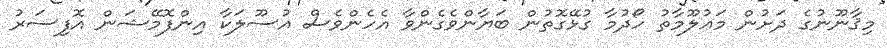
މިޤާނޫނުގެ ދަށުން މަޢުލޫމާތު ހޯދުމާ ގުޅޭގޮތުން ބަޔާންވެގެންވާ އެހެންވެސް އުސޫލަކާ އިންފޮމޭޝަން އޮފިސަރު